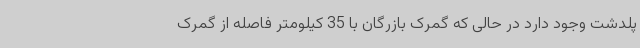
پلدشت وجود دارد در حالی که گمرک بازرگان با 35 کیلومتر فاصله از گمرک